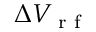
\Delta V _ { \textrm { r f } }